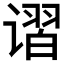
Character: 𰶃